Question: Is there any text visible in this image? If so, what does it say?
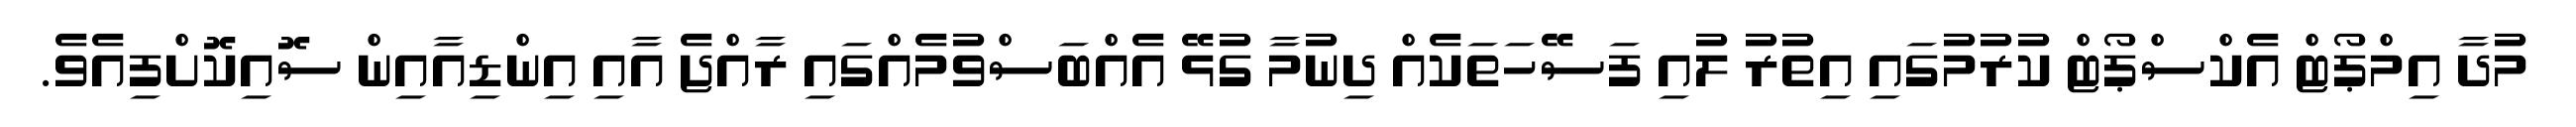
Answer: މުދާ އިމްޕޯޓް އެކްސްޕޯޓް ކުރުމުގައި އިތުރު ލުއި ފަސޭހަތަކެއް ދިނުމާ ގުޅޭ އެއްބަސްވުމެއްގައި ރާއްޖެ އާއި އިންޑިއާއިން ސޮއިކޮށްފިއެވެ.